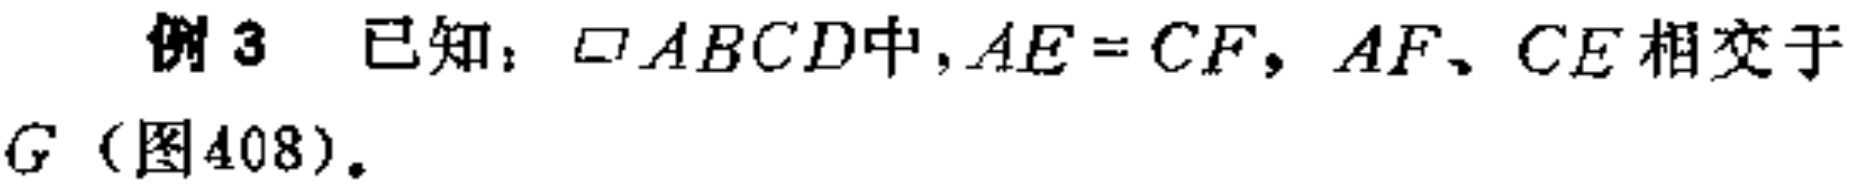
例3 已知：$\square ABCD$中，$AE = CF$，$AF$、$CE$相交于$G$（图408）。